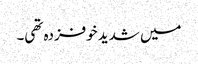
میں شدید خوفزدہ تھی۔